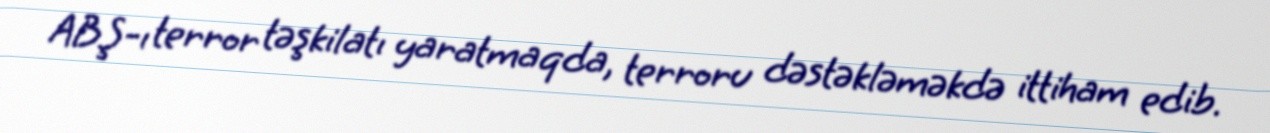
ABŞ-ı terror təşkilatı yaratmaqda, terroru dəstəkləməkdə ittiham edib.